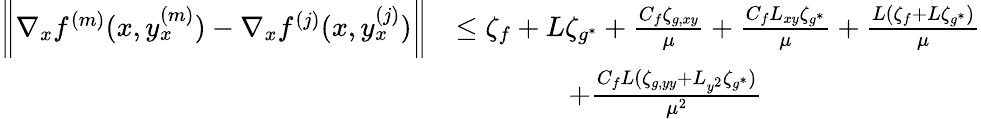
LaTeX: \begin{array}{rl}{\bigg\| \nabla_{x}f^{(m)}(x,y_{x}^{(m)})-\nabla_{x}f^{(j)}(x,y_{x}^{(j)})\bigg\| }&{\leq\zeta_{f}+L\zeta_{g^{\ast}}+\frac{C_{f}\zeta_{g,xy}}{\mu}+\frac{C_{f}L_{xy}\zeta_{g^{\ast}}}{\mu}+\frac{L(\zeta_{f}+L\zeta_{g^{\ast}})}{\mu}}\\ &{\qquad\qquad+\frac{C_{f}L(\zeta_{g,yy}+L_{y^{2}}\zeta_{g^{\ast}})}{\mu^{2}}}\end{array}